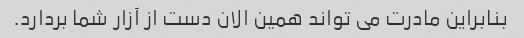
بنابراین مادرت می تواند همین الان دست از آزار شما بردارد.